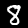
Digit: 8